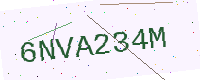
Text: 6NVA234M